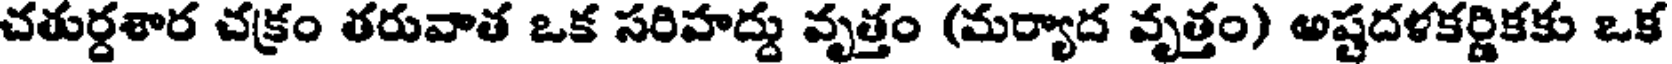
చతుర్దశార చక్రం తరువాత ఒక సరిహద్దు వృత్తం (మర్యాద వృత్తం) అష్టదళకర్ణికకు ఒక